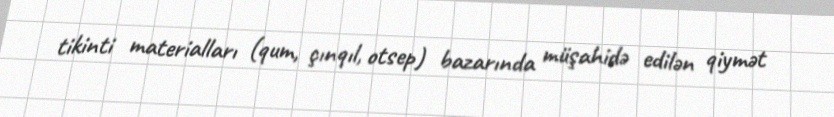
tikinti materialları (qum, çınqıl, otsep) bazarında müşahidə edilən qiymət